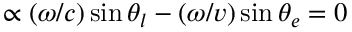
\propto ( \omega / c ) \sin \theta _ { l } - ( \omega / v ) \sin \theta _ { e } = 0